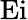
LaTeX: \operatorname{Ei}